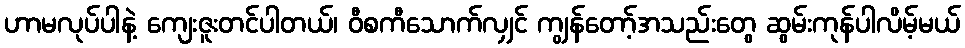
ဟာမလုပ်ပါနဲ့ ကျေးဇူးတင်ပါတယ်၊ ဝီစကီသောက်လျှင် ကျွန်တော့်အသည်းတွေ ဆွမ်းကုန်ပါလိမ့်မယ်